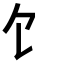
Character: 饣